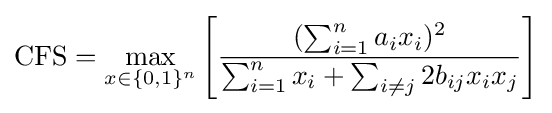
\mathrm {CFS} =\max _{x\in \{0,1\}^{n}}\left[{\frac {(\sum _{i=1}^{n}a_{i}x_{i})^{2}}{\sum _{i=1}^{n}x_{i}+\sum _{i\neq j}2b_{ij}x_{i}x_{j}}}\right]